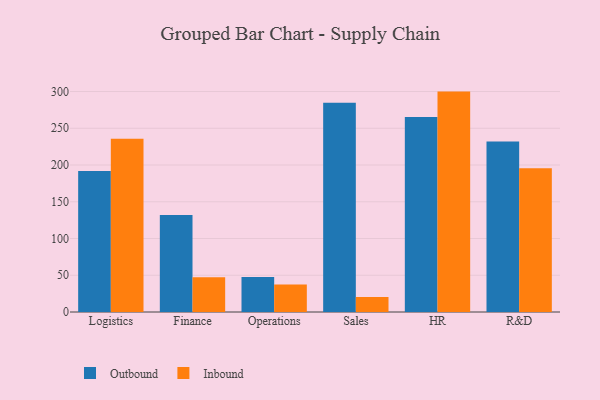
{"axis": {"x": "Department", "y": "Latency (ms)"}, "legend": ["Inbound", "Outbound"], "data": [{"x": "Logistics", "y": 191.9, "type": "Outbound"}, {"x": "Logistics", "y": 235.6, "type": "Inbound"}, {"x": "Finance", "y": 132.0, "type": "Outbound"}, {"x": "Finance", "y": 47.2, "type": "Inbound"}, {"x": "Operations", "y": 47.6, "type": "Outbound"}, {"x": "Operations", "y": 37.4, "type": "Inbound"}, {"x": "Sales", "y": 284.7, "type": "Outbound"}, {"x": "Sales", "y": 20.4, "type": "Inbound"}, {"x": "HR", "y": 265.3, "type": "Outbound"}, {"x": "HR", "y": 299.9, "type": "Inbound"}, {"x": "R&D", "y": 232.1, "type": "Outbound"}, {"x": "R&D", "y": 195.7, "type": "Inbound"}]}